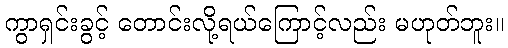
ကွာရှင်းခွင့် တောင်းလို့ရယ်ကြောင့်လည်း မဟုတ်ဘူး။